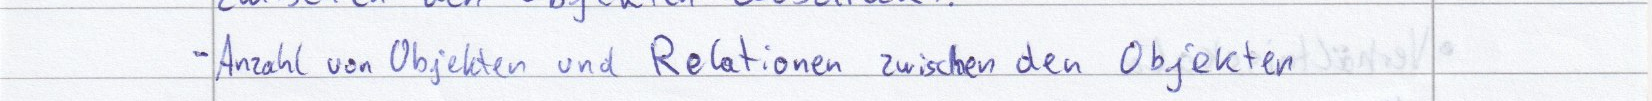
- Anzahl von Objekten und Relationen zwischen den Objekten